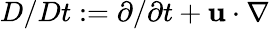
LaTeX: D/Dt:=\partial/\partial t+\mathbf{u}\cdot\nabla